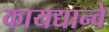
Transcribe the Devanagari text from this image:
कायद्यान्वे